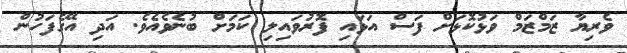
ވެރިޔާ ޒަމްޒަމް ވަޅުކޮޅަށް ފަސް އަޅައި ފޮރުވައިލި ކަމަށް ބުނެވެއެވެ. އަދި އޭގެފަހުން